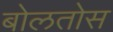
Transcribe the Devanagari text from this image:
बोलतोस